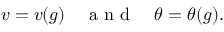
v = v ( g ) \quad \mathrm { ~ a ~ n ~ d ~ } \quad \theta = \theta ( g ) .